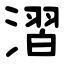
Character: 漝